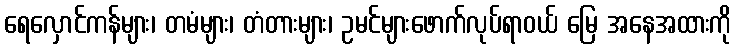
ရေလှောင်ကန်များ၊ တမံများ၊ တံတားများ၊ ဥမင်များဖောက်လုပ်ရာဝယ် မြေ အနေအထားကို